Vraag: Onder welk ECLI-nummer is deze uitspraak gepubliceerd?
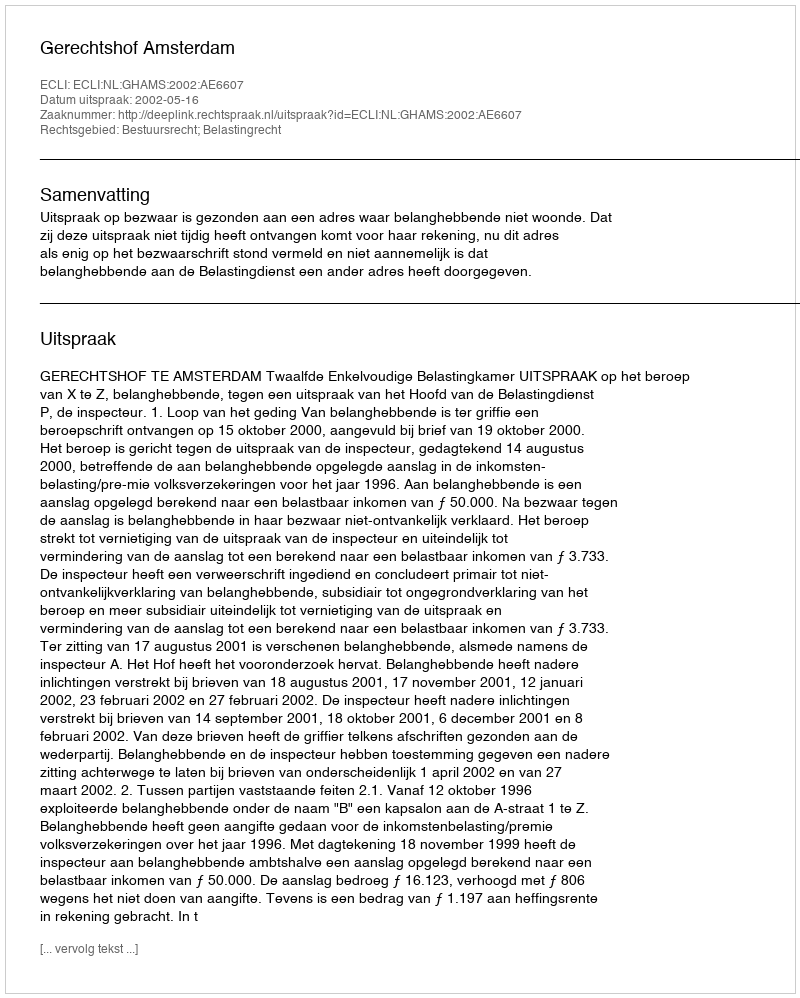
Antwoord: ECLI:NL:GHAMS:2002:AE6607